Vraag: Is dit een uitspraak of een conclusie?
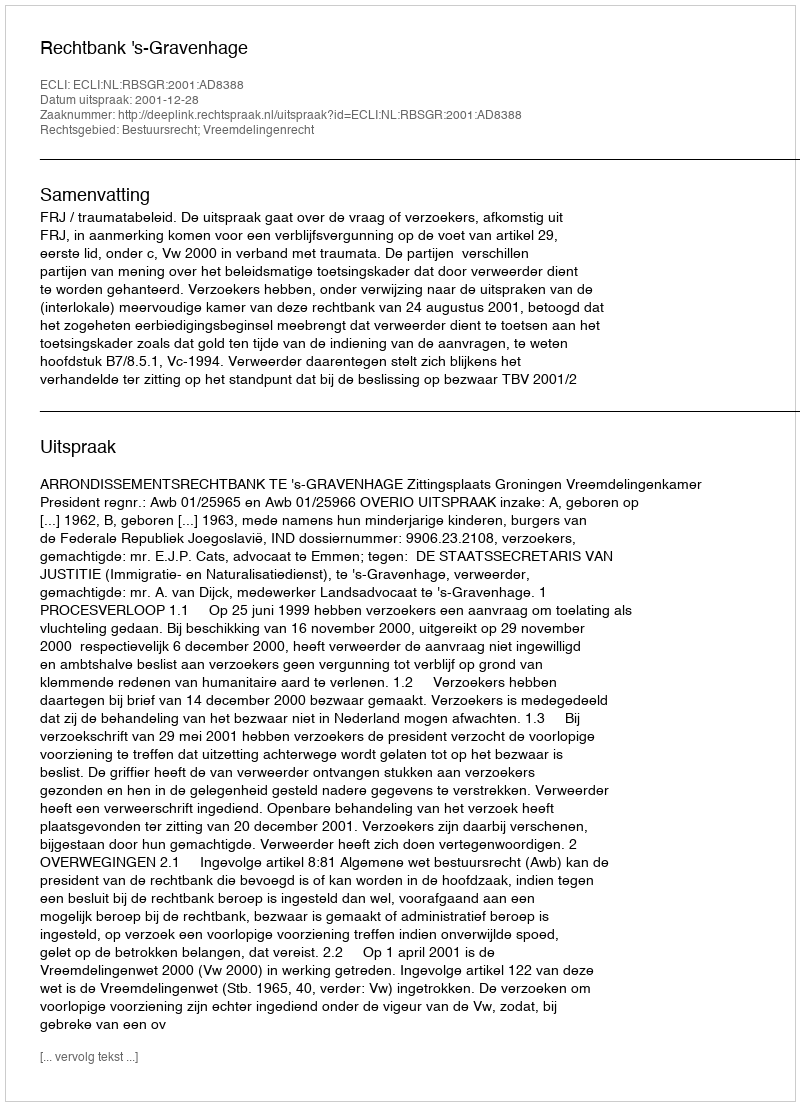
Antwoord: Uitspraak